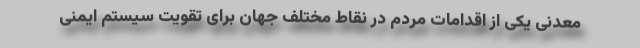
معدنی یکی از اقدامات مردم در نقاط مختلف جهان برای تقویت سیستم ایمنی